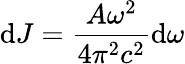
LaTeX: \mathrm{d}J=\frac{A\omega^{2}}{4\pi^{2}c^{2}}\mathrm{d}\omega